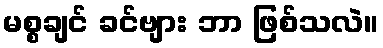
မစ္စချင် ခင်ဗျား ဘာ ဖြစ်သလဲ။